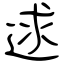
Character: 逑